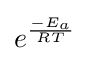
e^{\frac {-E_{a}}{RT}}